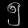
Digit: ၅